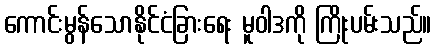
ကောင်းမွန်သောနိုင်ငံခြားရေး မူဝါဒကို ကြိုးပမ်းသည်။